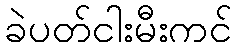
ခဲပတ်ငါးမီးကင်